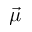
\vec { \mu }